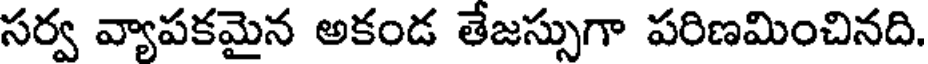
సర్వ వ్యాపకమైన అకండ తేజస్సుగా పరిణమించినది.